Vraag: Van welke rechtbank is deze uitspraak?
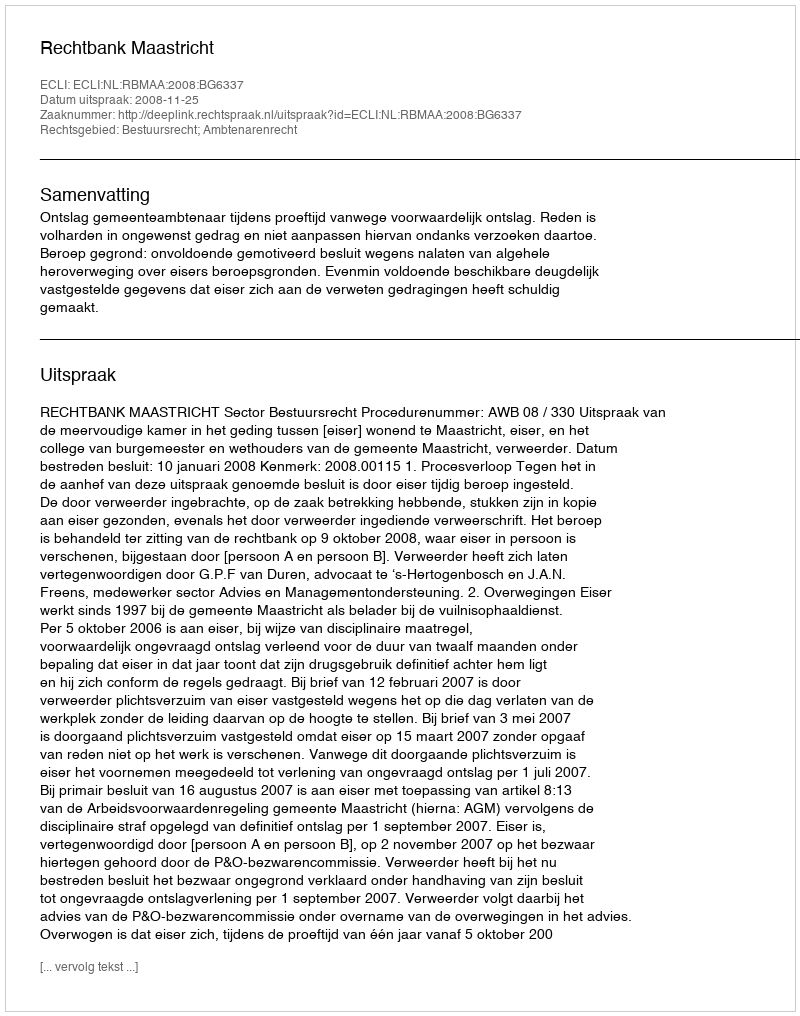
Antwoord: Rechtbank Maastricht